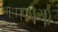
લાસો